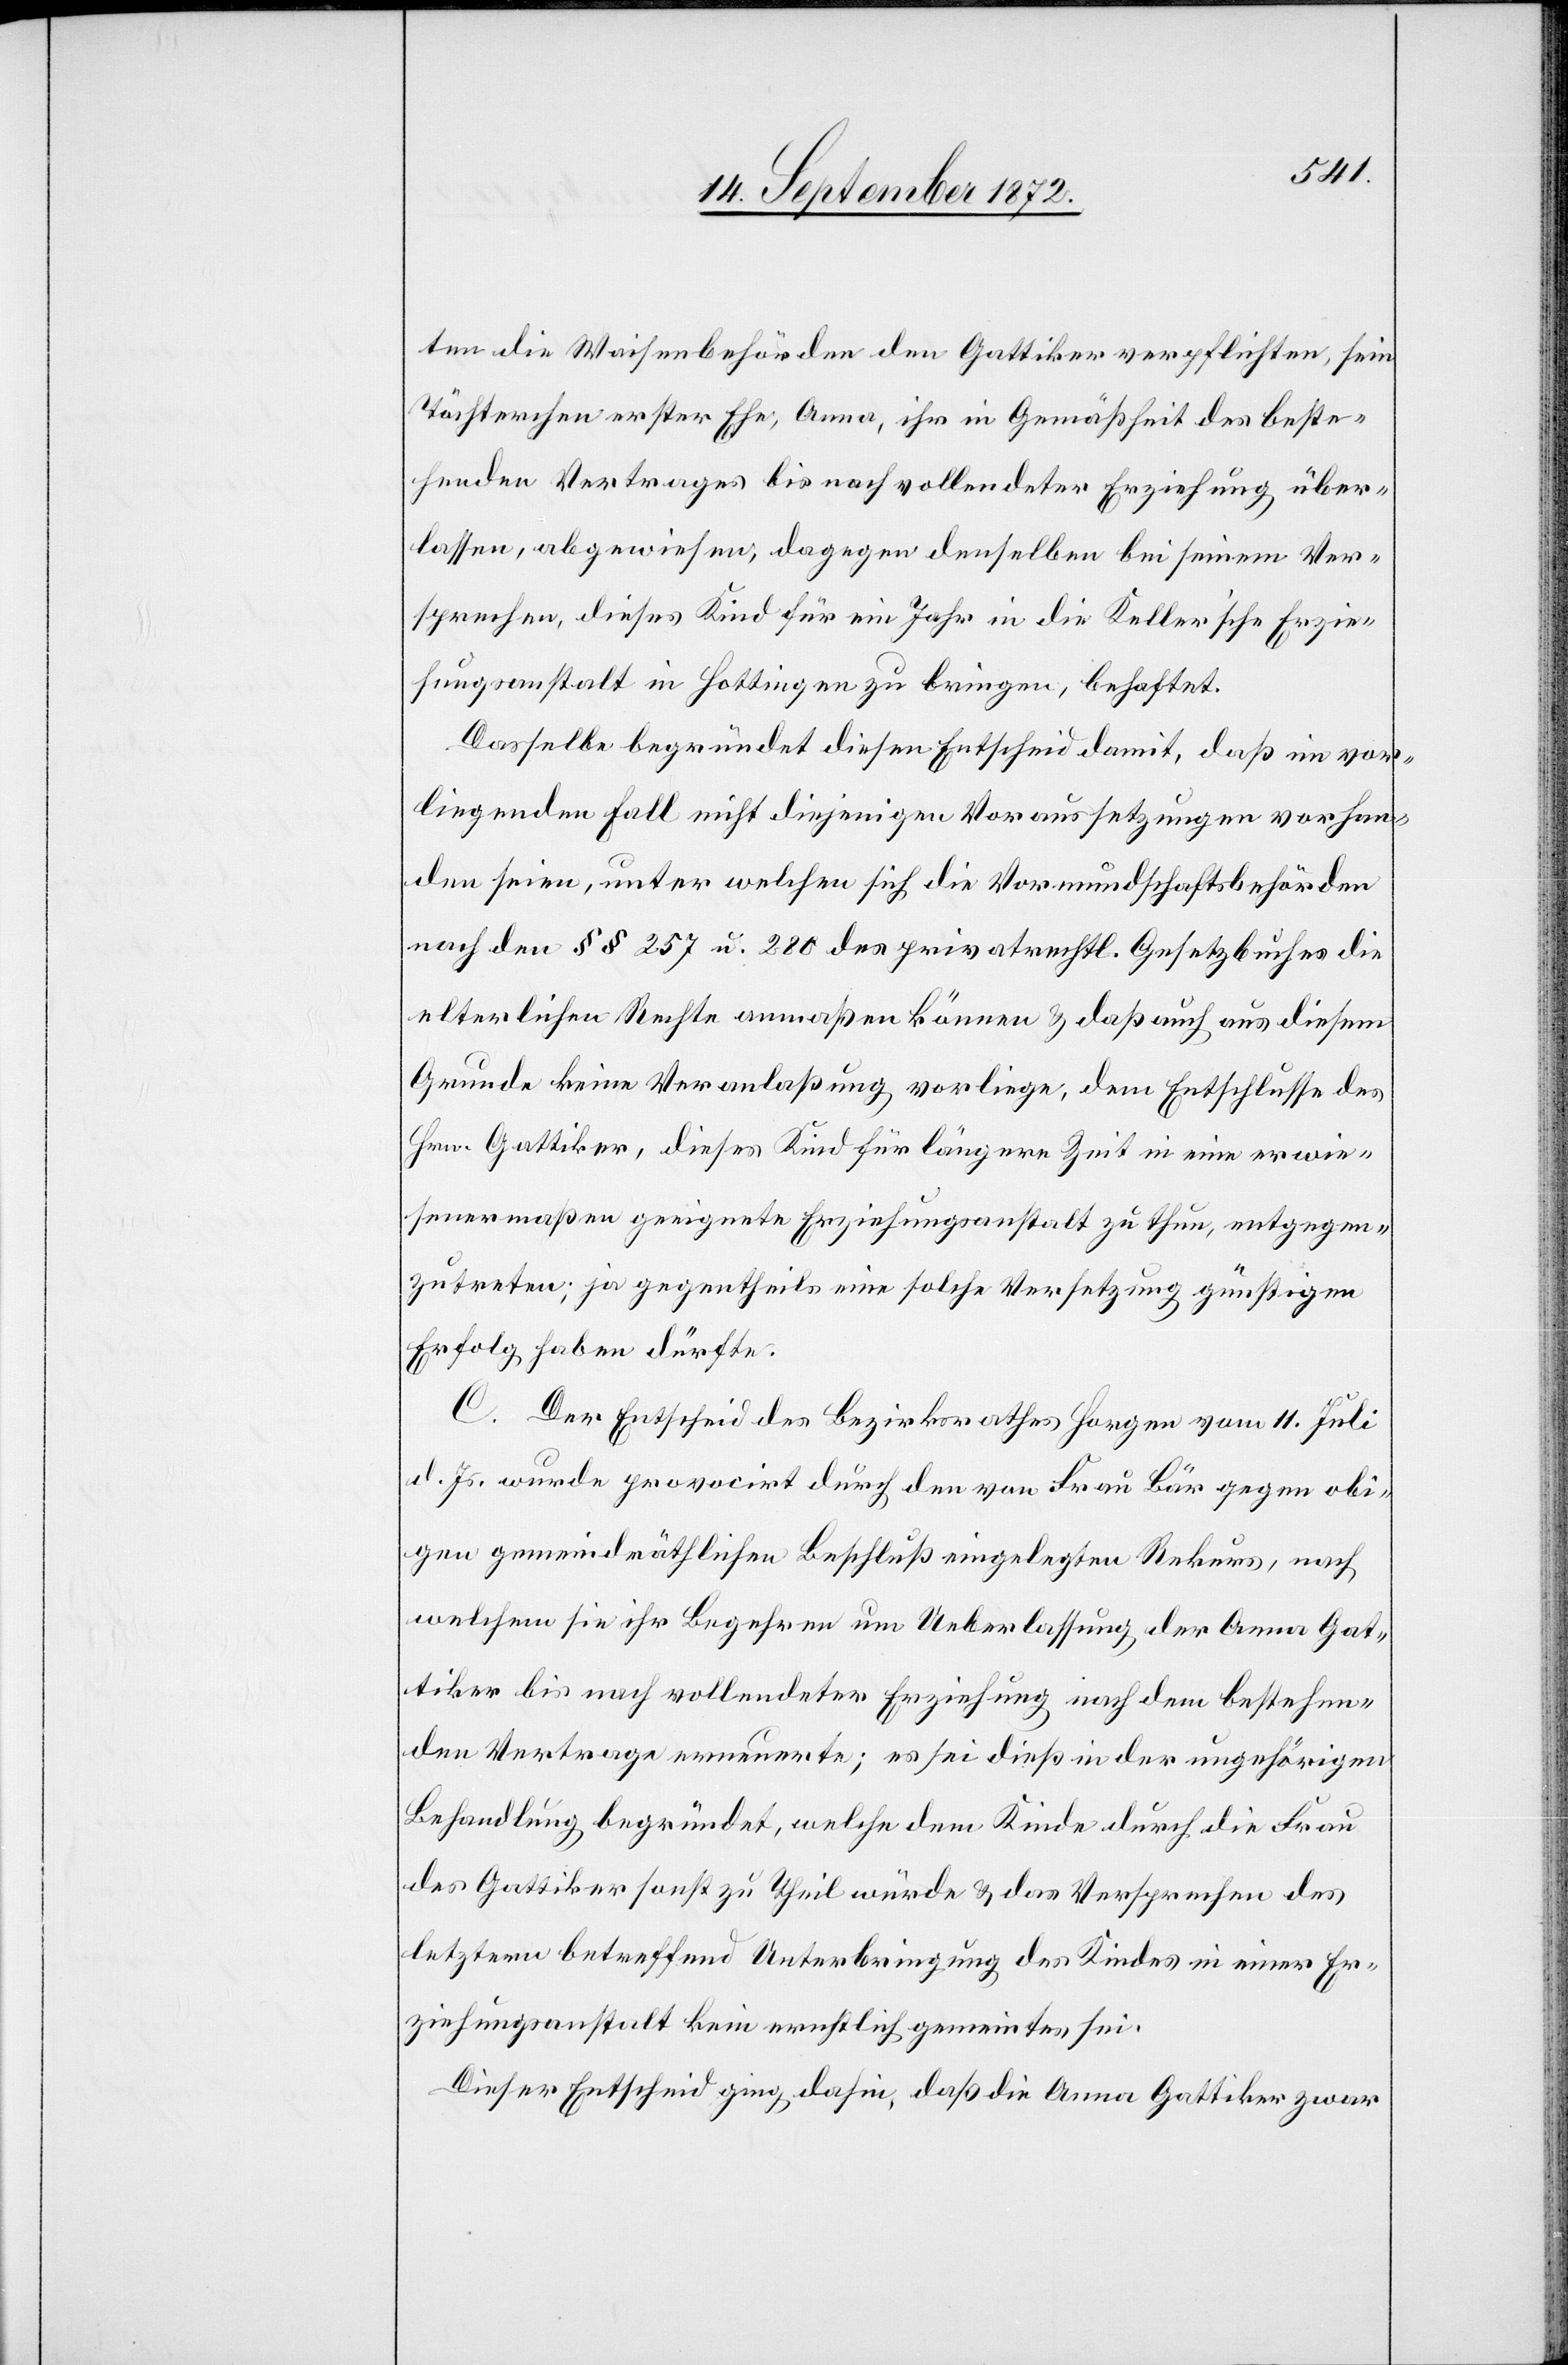
ten die Waisenbehörden den Gattiker verpflichten, sein
Töchterchen erster Ehe, Anna, ihr in Gemäßheit des beste¬
henden Vertrages bis nach vollendeter Erziehung über¬
lassen, abgewiesen, dagegen denselben bei seinem Ver¬
sprechen, dieses Kind für ein Jahr in die Keller’sche Erzie¬
hungsanstalt in Hottingen zu bringen, behaftet.
Dasselbe begründet diesen Entscheid damit, daß im vor¬
liegenden Fall nicht diejenigen Voraussetzungen vorhan¬
den seien, unter welchen sich die Vormundschaftsbehörden
nach den §§ 257 u. 280 des privatrechtl. Gesetzbuches die
elterlichen Rechte anmaßen können u. daß auch aus diesem
Grunde keine Veranlaßung vorliege, dem Entschlusse des
Hrn. Gattiker, dieses Kind für längere Zeit in eine erwie¬
senermaßen geeignete Erziehungsanstalt zu thun, entgegen¬
zutreten; ja gegentheils eine solche Versetzung günstigen
Erfolg haben dürfte.
C. Der Entscheid des Bezirksrathes Horgen vom 11. Juli
d. Js. wurde provocirt durch den von Frau Bär gegen obi¬
gen gemeindräthlichen Beschluß eingelegten Rekurs, nach
welchem sie ihr Begehren um Ueberlassung der Anna Gat¬
tiker bis nach vollendeter Erziehung nach dem bestehen¬
den Vertrage erneuerte; es sei dieß in der ungehörigen
Behandlung begründet, welche dem Kinde durch die Frau
des Gattiker sonst zu Theil würde u. das Versprechen des
letztern betreffend Unterbringung des Kindes in einer Er¬
ziehungsanstalt kein ernstlich gemeintes sei.
Dieser Entscheid ging dahin, daß die Anna Gattiker zwar